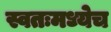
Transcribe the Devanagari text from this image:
स्वतःमध्येच